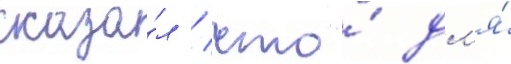
сказа́л / что́ дл'я́